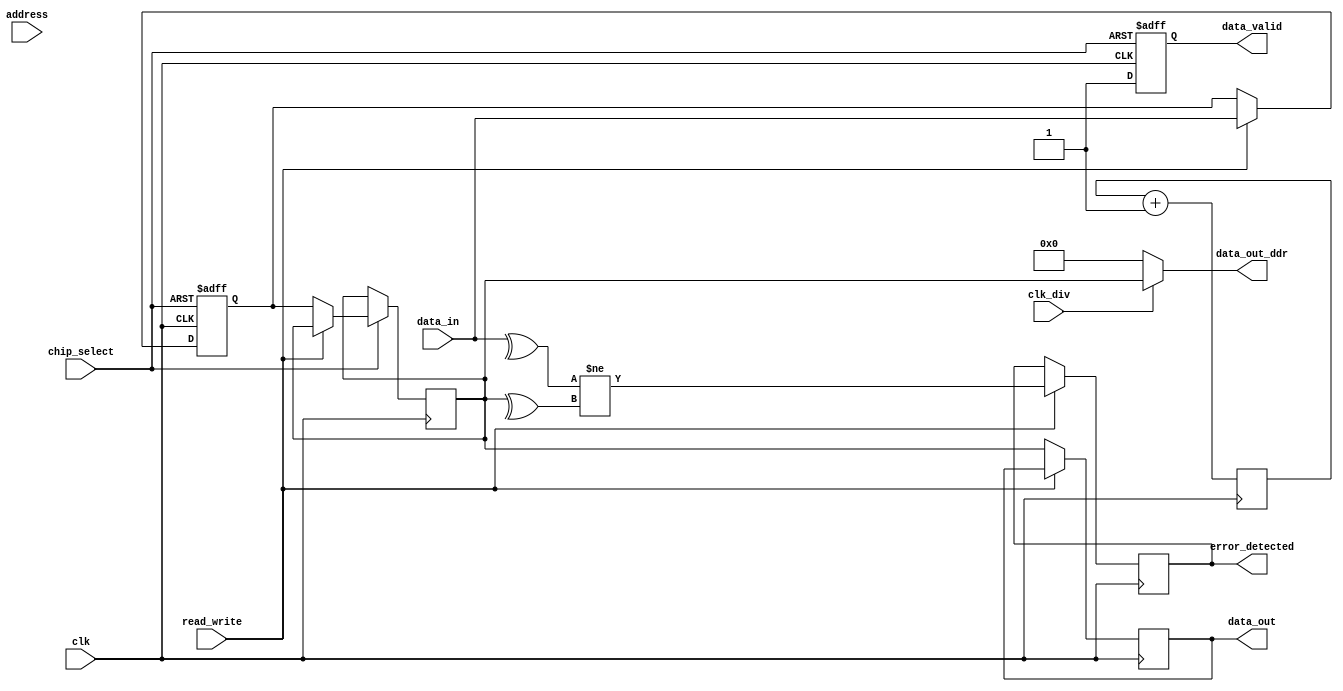
module gddr_io_block #(
    parameter DATA_WIDTH = 32, // Configurable data width (16, 32, 64)
    parameter ADDR_WIDTH = 10   // Address width for GDDR memory
)(
    input wire clk,               // High-frequency input clock
    input wire clk_div,           // Divided clock for internal operations
    input wire chip_select,       // Chip select signal
    input wire read_write,        // Read/Write control signal (1 for write, 0 for read)
    input wire [ADDR_WIDTH-1:0] address, // Address lines for GDDR memory
    input wire [DATA_WIDTH-1:0] data_in, // Data input for write operations
    output reg [DATA_WIDTH-1:0] data_out, // Data output for read operations
    output reg data_valid,        // Data valid signal
    output reg error_detected,    // Error detection signal
    output wire [DATA_WIDTH-1:0] data_out_ddr // Double data rate output
);

// Internal registers for data capture
reg [DATA_WIDTH-1:0] data_reg;
reg [DATA_WIDTH-1:0] data_out_reg;

// Error detection (parity check for simplicity)
wire parity_in = ^data_in; // Parity bit for input data
wire parity_out = ^data_out_reg; // Parity bit for output data

// Data capture on clock edges
always @(posedge clk or negedge chip_select) begin
    if (!chip_select) begin
        data_reg <= 0;
        data_valid <= 0;
    end else if (read_write) begin // Write operation
        data_reg <= data_in;
        data_valid <= 1;
    end else begin // Read operation
        data_out_reg <= data_reg; // Capture data for read
        data_valid <= 1;
    end
end

// Output data for DDR operation
assign data_out_ddr = (clk_div) ? data_out_reg : 0;

// Error detection logic
always @(posedge clk) begin
    if (read_write) begin
        error_detected <= (parity_in != parity_out); // Check for parity error
    end else begin
        data_out <= data_out_reg; // Output data for read operation
    end
end

// Clock divider logic (simple example)
reg [1:0] clk_div_counter;
always @(posedge clk) begin
    clk_div_counter <= clk_div_counter + 1;
end

assign clk_div = clk_div_counter[1]; // Divide clock by 4

endmodule